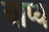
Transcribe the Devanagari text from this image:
चाप्य